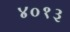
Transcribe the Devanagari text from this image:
४०१३